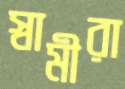
স্বামীরা